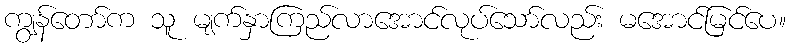
ကျွန်တော်က သူ မျက်နှာကြည်လာအောင်လုပ်သော်လည်း မအောင်မြင်ပေ။